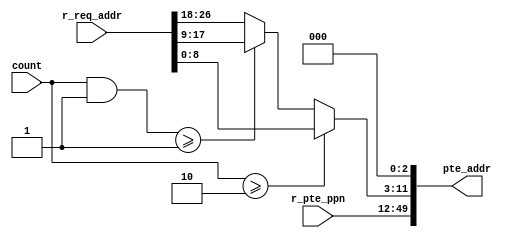
module index_address_generate_unit(
	input [37:0] r_pte_ppn,
	input [1:0] count,
	input [26:0] r_req_addr,

	output [49:0] pte_addr
	);

	wire [8:0] vpn_idx;

	assign vpn_idx = count >= 2'h2 ? r_req_addr[8:0] : ((count & 2'h1) >= 2'h1 ? r_req_addr[17:9] : r_req_addr[26:18]);
	assign pte_addr = {r_pte_ppn, vpn_idx, 3'd0};

endmodule